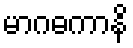
မာဂဓကာနိ